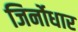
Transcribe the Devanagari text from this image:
जिर्नोधार